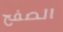
الصفح